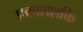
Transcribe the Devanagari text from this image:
प्रकाशशक्ति